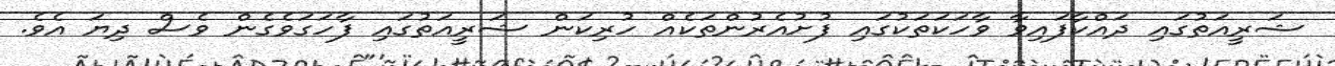
ޝަރީއަތުގައި ދައްކާފައިވާ ވާހަކަތަކުގައި ފުށުއެރުންތަކެއް ހުރިކަން ޝަރީއަތުގައި ފާހަގަވެގެން ވެސް ދިޔަ އެވެ.